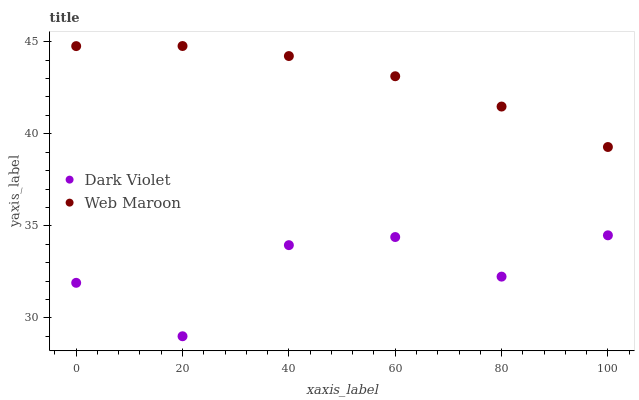
| xaxis_label | Dark Violet | Web Maroon |
 | --- | --- | --- |
 | 0 | 31.9 | 44.8 |
 | 20 | 29 | 44.8 |
 | 40 | 33.9 | 44.2 |
 | 60 | 34.4 | 43.1 |
 | 80 | 32.2 | 41.5 |
 | 100 | 34.5 | 39.3 |